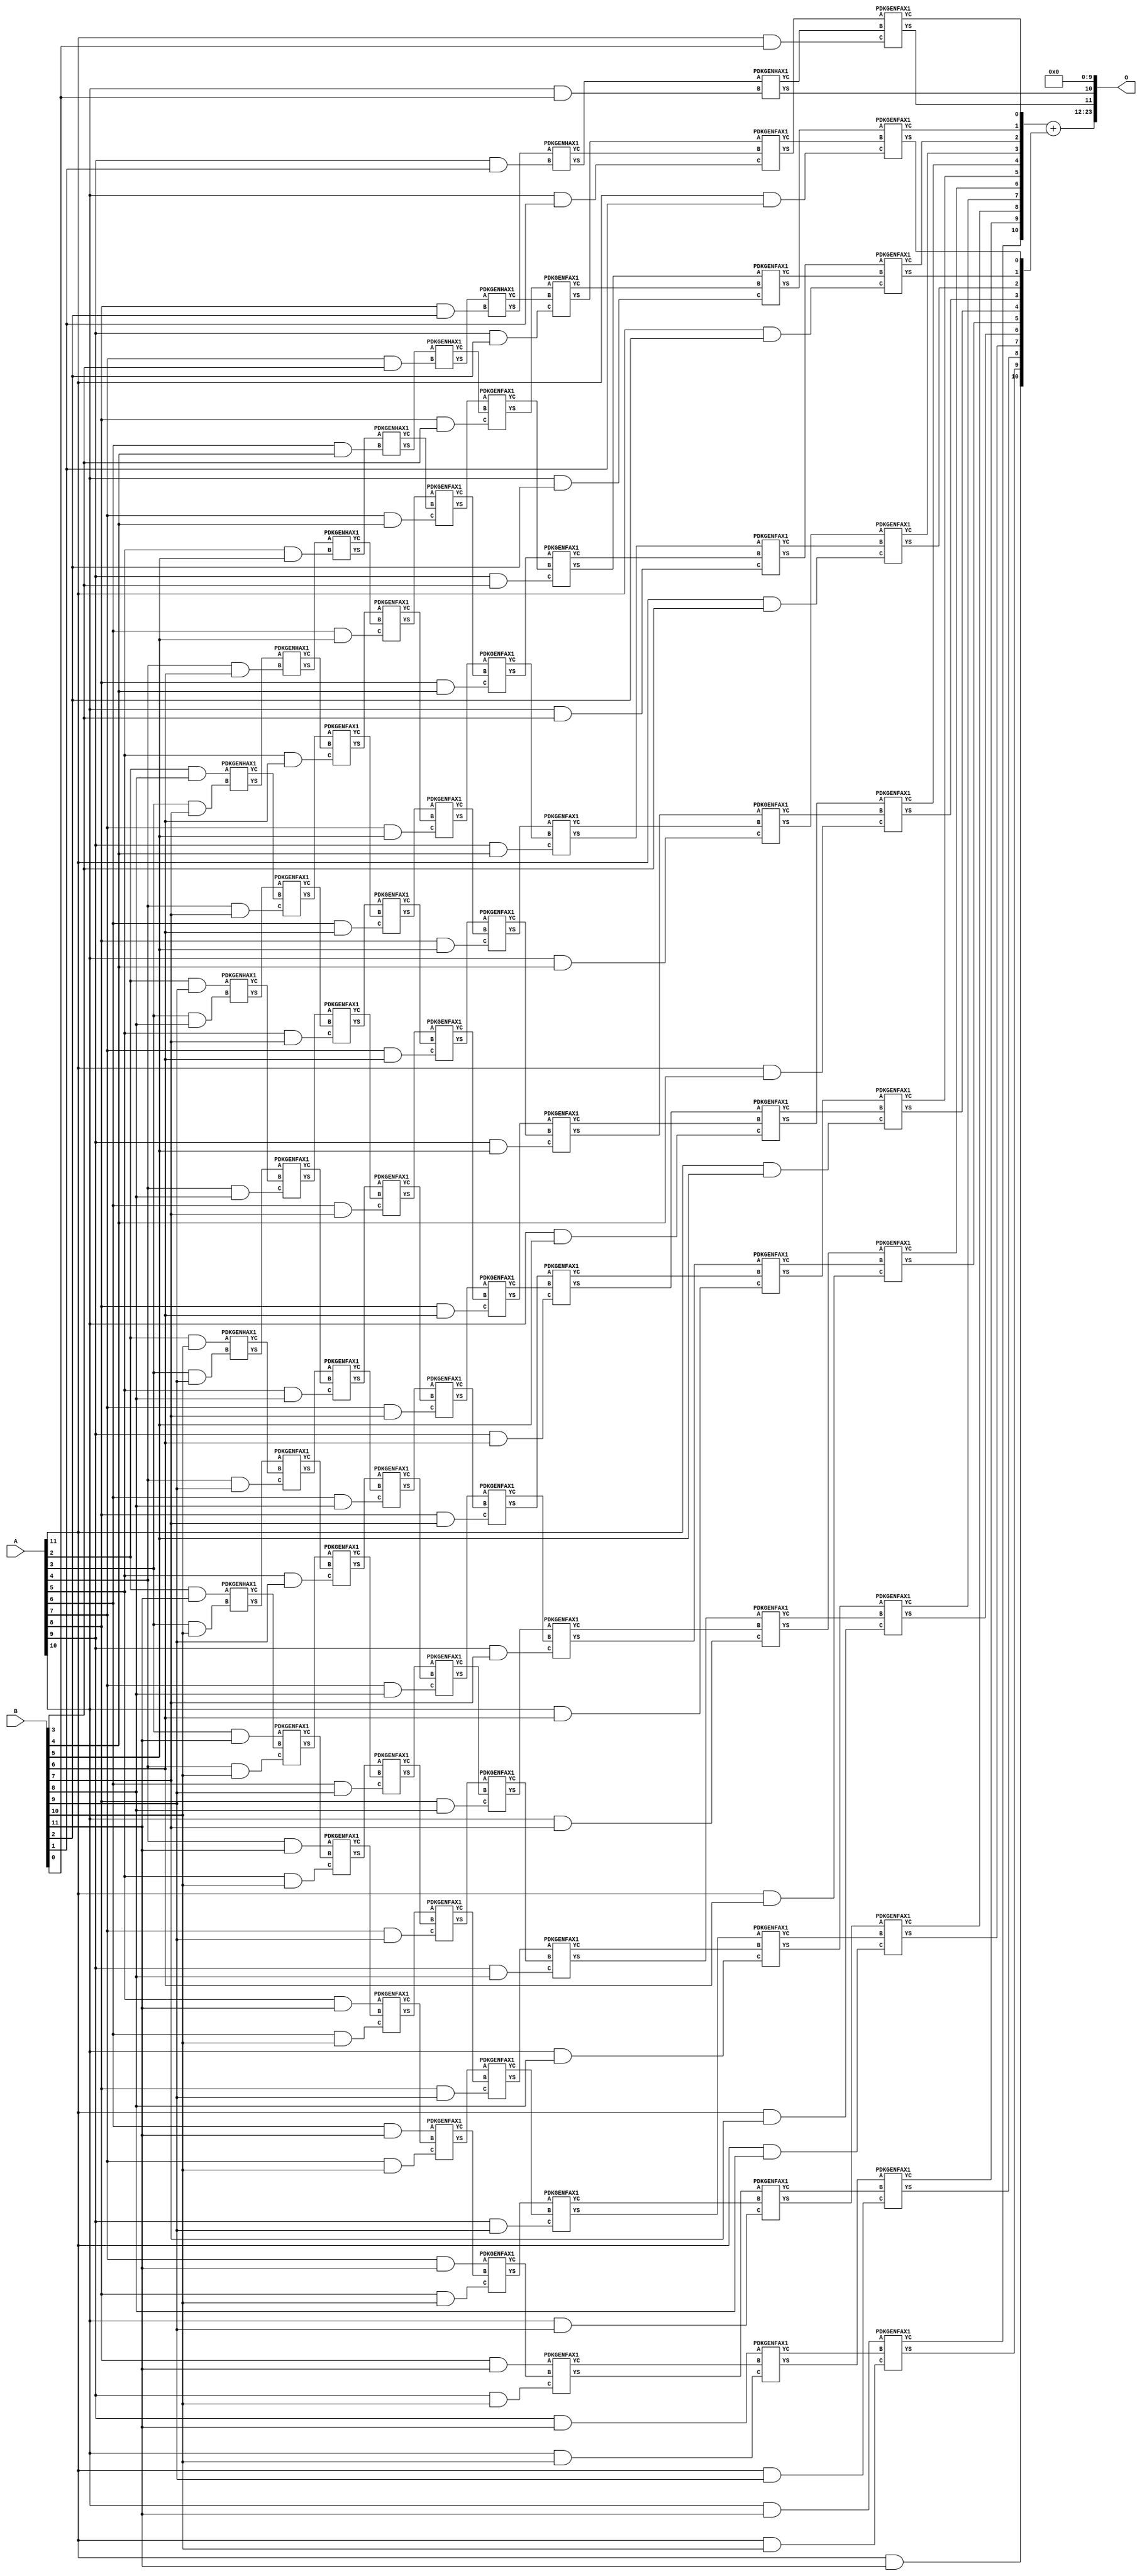
/***
* This code is a part of EvoApproxLib library (ehw.fit.vutbr.cz/approxlib) distributed under The MIT License.
* When used, please cite the following article(s): PRABAKARAN B. S., MRAZEK V., VASICEK Z., SEKANINA L., SHAFIQUE M. ApproxFPGAs: Embracing ASIC-based Approximate Arithmetic Components for FPGA-Based Systems. DAC 2020. 
***/
// MAE% = 0.029 %
// MAE = 4864 
// WCE% = 0.12 %
// WCE = 19457 
// WCRE% = 100.00 %
// EP% = 99.49 %
// MRE% = 0.68 %
// MSE = 34858.382e3 
// FPGA_POWER = 1.8
// FPGA_DELAY = 13
// FPGA_LUT = 110


module mul12u_2U9 ( A, B, O );
  input [11:0] A;
  input [11:0] B;
  output [23:0] O;

  wire C_10_0,C_10_1,C_10_10,C_10_2,C_10_3,C_10_4,C_10_5,C_10_6,C_10_7,C_10_8,C_10_9,C_11_0,C_11_1,C_11_10,C_11_2,C_11_3,C_11_4,C_11_5,C_11_6,C_11_7,C_11_8,C_11_9,C_3_10,C_3_7,C_3_8,C_3_9,C_4_10,C_4_6,C_4_7,C_4_8,C_4_9,C_5_10,C_5_5,C_5_6,C_5_7,C_5_8,C_5_9,C_6_10,C_6_4,C_6_5,C_6_6,C_6_7,C_6_8,C_6_9,C_7_10,C_7_3,C_7_4,C_7_5,C_7_6,C_7_7,C_7_8,C_7_9,C_8_10,C_8_2,C_8_3,C_8_4,C_8_5,C_8_6,C_8_7,C_8_8,C_8_9,C_9_1,C_9_10,C_9_2,C_9_3,C_9_4,C_9_5,C_9_6,C_9_7,C_9_8,C_9_9,S_10_0,S_10_1,S_10_10,S_10_11,S_10_2,S_10_3,S_10_4,S_10_5,S_10_6,S_10_7,S_10_8,S_10_9,S_11_0,S_11_1,S_11_10,S_11_11,S_11_2,S_11_3,S_11_4,S_11_5,S_11_6,S_11_7,S_11_8,S_11_9,S_12_0,S_12_1,S_12_10,S_12_11,S_12_2,S_12_3,S_12_4,S_12_5,S_12_6,S_12_7,S_12_8,S_12_9,S_2_10,S_2_11,S_2_8,S_2_9,S_3_10,S_3_11,S_3_7,S_3_8,S_3_9,S_4_10,S_4_11,S_4_6,S_4_7,S_4_8,S_4_9,S_5_10,S_5_11,S_5_5,S_5_6,S_5_7,S_5_8,S_5_9,S_6_10,S_6_11,S_6_4,S_6_5,S_6_6,S_6_7,S_6_8,S_6_9,S_7_10,S_7_11,S_7_3,S_7_4,S_7_5,S_7_6,S_7_7,S_7_8,S_7_9,S_8_10,S_8_11,S_8_2,S_8_3,S_8_4,S_8_5,S_8_6,S_8_7,S_8_8,S_8_9,S_9_1,S_9_10,S_9_11,S_9_2,S_9_3,S_9_4,S_9_5,S_9_6,S_9_7,S_9_8,S_9_9;

  assign S_2_8 = (A[2] & B[8]);
  assign S_2_9 = (A[2] & B[9]);
  assign S_2_10 = (A[2] & B[10]);
  assign S_2_11 = (A[2] & B[11]);
  PDKGENHAX1 U295616 (.A(S_2_8), .B((A[3] & B[7])), .YS(S_3_7), .YC(C_3_7));
  PDKGENHAX1 U295617 (.A(S_2_9), .B((A[3] & B[8])), .YS(S_3_8), .YC(C_3_8));
  PDKGENHAX1 U295618 (.A(S_2_10), .B((A[3] & B[9])), .YS(S_3_9), .YC(C_3_9));
  PDKGENHAX1 U295619 (.A(S_2_11), .B((A[3] & B[10])), .YS(S_3_10), .YC(C_3_10));
  assign S_3_11 = (A[3] & B[11]);
  PDKGENHAX1 U295627 (.A(S_3_7), .B((A[4] & B[6])), .YS(S_4_6), .YC(C_4_6));
  PDKGENFAX1 U295628 (.A(S_3_8), .B(C_3_7), .C((A[4] & B[7])), .YS(S_4_7), .YC(C_4_7));
  PDKGENFAX1 U295629 (.A(S_3_9), .B(C_3_8), .C((A[4] & B[8])), .YS(S_4_8), .YC(C_4_8));
  PDKGENFAX1 U295630 (.A(S_3_10), .B(C_3_9), .C((A[4] & B[9])), .YS(S_4_9), .YC(C_4_9));
  PDKGENFAX1 U295631 (.A(S_3_11), .B(C_3_10), .C((A[4] & B[10])), .YS(S_4_10), .YC(C_4_10));
  assign S_4_11 = (A[4] & B[11]);
  PDKGENHAX1 U295638 (.A(S_4_6), .B((A[5] & B[5])), .YS(S_5_5), .YC(C_5_5));
  PDKGENFAX1 U295639 (.A(S_4_7), .B(C_4_6), .C((A[5] & B[6])), .YS(S_5_6), .YC(C_5_6));
  PDKGENFAX1 U295640 (.A(S_4_8), .B(C_4_7), .C((A[5] & B[7])), .YS(S_5_7), .YC(C_5_7));
  PDKGENFAX1 U295641 (.A(S_4_9), .B(C_4_8), .C((A[5] & B[8])), .YS(S_5_8), .YC(C_5_8));
  PDKGENFAX1 U295642 (.A(S_4_10), .B(C_4_9), .C((A[5] & B[9])), .YS(S_5_9), .YC(C_5_9));
  PDKGENFAX1 U295643 (.A(S_4_11), .B(C_4_10), .C((A[5] & B[10])), .YS(S_5_10), .YC(C_5_10));
  assign S_5_11 = (A[5] & B[11]);
  PDKGENHAX1 U295649 (.A(S_5_5), .B((A[6] & B[4])), .YS(S_6_4), .YC(C_6_4));
  PDKGENFAX1 U295650 (.A(S_5_6), .B(C_5_5), .C((A[6] & B[5])), .YS(S_6_5), .YC(C_6_5));
  PDKGENFAX1 U295651 (.A(S_5_7), .B(C_5_6), .C((A[6] & B[6])), .YS(S_6_6), .YC(C_6_6));
  PDKGENFAX1 U295652 (.A(S_5_8), .B(C_5_7), .C((A[6] & B[7])), .YS(S_6_7), .YC(C_6_7));
  PDKGENFAX1 U295653 (.A(S_5_9), .B(C_5_8), .C((A[6] & B[8])), .YS(S_6_8), .YC(C_6_8));
  PDKGENFAX1 U295654 (.A(S_5_10), .B(C_5_9), .C((A[6] & B[9])), .YS(S_6_9), .YC(C_6_9));
  PDKGENFAX1 U295655 (.A(S_5_11), .B(C_5_10), .C((A[6] & B[10])), .YS(S_6_10), .YC(C_6_10));
  assign S_6_11 = (A[6] & B[11]);
  PDKGENHAX1 U295660 (.A(S_6_4), .B((A[7] & B[3])), .YS(S_7_3), .YC(C_7_3));
  PDKGENFAX1 U295661 (.A(S_6_5), .B(C_6_4), .C((A[7] & B[4])), .YS(S_7_4), .YC(C_7_4));
  PDKGENFAX1 U295662 (.A(S_6_6), .B(C_6_5), .C((A[7] & B[5])), .YS(S_7_5), .YC(C_7_5));
  PDKGENFAX1 U295663 (.A(S_6_7), .B(C_6_6), .C((A[7] & B[6])), .YS(S_7_6), .YC(C_7_6));
  PDKGENFAX1 U295664 (.A(S_6_8), .B(C_6_7), .C((A[7] & B[7])), .YS(S_7_7), .YC(C_7_7));
  PDKGENFAX1 U295665 (.A(S_6_9), .B(C_6_8), .C((A[7] & B[8])), .YS(S_7_8), .YC(C_7_8));
  PDKGENFAX1 U295666 (.A(S_6_10), .B(C_6_9), .C((A[7] & B[9])), .YS(S_7_9), .YC(C_7_9));
  PDKGENFAX1 U295667 (.A(S_6_11), .B(C_6_10), .C((A[7] & B[10])), .YS(S_7_10), .YC(C_7_10));
  assign S_7_11 = (A[7] & B[11]);
  PDKGENHAX1 U295671 (.A(S_7_3), .B((A[8] & B[2])), .YS(S_8_2), .YC(C_8_2));
  PDKGENFAX1 U295672 (.A(S_7_4), .B(C_7_3), .C((A[8] & B[3])), .YS(S_8_3), .YC(C_8_3));
  PDKGENFAX1 U295673 (.A(S_7_5), .B(C_7_4), .C((A[8] & B[4])), .YS(S_8_4), .YC(C_8_4));
  PDKGENFAX1 U295674 (.A(S_7_6), .B(C_7_5), .C((A[8] & B[5])), .YS(S_8_5), .YC(C_8_5));
  PDKGENFAX1 U295675 (.A(S_7_7), .B(C_7_6), .C((A[8] & B[6])), .YS(S_8_6), .YC(C_8_6));
  PDKGENFAX1 U295676 (.A(S_7_8), .B(C_7_7), .C((A[8] & B[7])), .YS(S_8_7), .YC(C_8_7));
  PDKGENFAX1 U295677 (.A(S_7_9), .B(C_7_8), .C((A[8] & B[8])), .YS(S_8_8), .YC(C_8_8));
  PDKGENFAX1 U295678 (.A(S_7_10), .B(C_7_9), .C((A[8] & B[9])), .YS(S_8_9), .YC(C_8_9));
  PDKGENFAX1 U295679 (.A(S_7_11), .B(C_7_10), .C((A[8] & B[10])), .YS(S_8_10), .YC(C_8_10));
  assign S_8_11 = (A[8] & B[11]);
  PDKGENHAX1 U295682 (.A(S_8_2), .B((A[9] & B[1])), .YS(S_9_1), .YC(C_9_1));
  PDKGENFAX1 U295683 (.A(S_8_3), .B(C_8_2), .C((A[9] & B[2])), .YS(S_9_2), .YC(C_9_2));
  PDKGENFAX1 U295684 (.A(S_8_4), .B(C_8_3), .C((A[9] & B[3])), .YS(S_9_3), .YC(C_9_3));
  PDKGENFAX1 U295685 (.A(S_8_5), .B(C_8_4), .C((A[9] & B[4])), .YS(S_9_4), .YC(C_9_4));
  PDKGENFAX1 U295686 (.A(S_8_6), .B(C_8_5), .C((A[9] & B[5])), .YS(S_9_5), .YC(C_9_5));
  PDKGENFAX1 U295687 (.A(S_8_7), .B(C_8_6), .C((A[9] & B[6])), .YS(S_9_6), .YC(C_9_6));
  PDKGENFAX1 U295688 (.A(S_8_8), .B(C_8_7), .C((A[9] & B[7])), .YS(S_9_7), .YC(C_9_7));
  PDKGENFAX1 U295689 (.A(S_8_9), .B(C_8_8), .C((A[9] & B[8])), .YS(S_9_8), .YC(C_9_8));
  PDKGENFAX1 U295690 (.A(S_8_10), .B(C_8_9), .C((A[9] & B[9])), .YS(S_9_9), .YC(C_9_9));
  PDKGENFAX1 U295691 (.A(S_8_11), .B(C_8_10), .C((A[9] & B[10])), .YS(S_9_10), .YC(C_9_10));
  assign S_9_11 = (A[9] & B[11]);
  PDKGENHAX1 U295693 (.A(S_9_1), .B((A[10] & B[0])), .YS(S_10_0), .YC(C_10_0));
  PDKGENFAX1 U295694 (.A(S_9_2), .B(C_9_1), .C((A[10] & B[1])), .YS(S_10_1), .YC(C_10_1));
  PDKGENFAX1 U295695 (.A(S_9_3), .B(C_9_2), .C((A[10] & B[2])), .YS(S_10_2), .YC(C_10_2));
  PDKGENFAX1 U295696 (.A(S_9_4), .B(C_9_3), .C((A[10] & B[3])), .YS(S_10_3), .YC(C_10_3));
  PDKGENFAX1 U295697 (.A(S_9_5), .B(C_9_4), .C((A[10] & B[4])), .YS(S_10_4), .YC(C_10_4));
  PDKGENFAX1 U295698 (.A(S_9_6), .B(C_9_5), .C((A[10] & B[5])), .YS(S_10_5), .YC(C_10_5));
  PDKGENFAX1 U295699 (.A(S_9_7), .B(C_9_6), .C((A[10] & B[6])), .YS(S_10_6), .YC(C_10_6));
  PDKGENFAX1 U295700 (.A(S_9_8), .B(C_9_7), .C((A[10] & B[7])), .YS(S_10_7), .YC(C_10_7));
  PDKGENFAX1 U295701 (.A(S_9_9), .B(C_9_8), .C((A[10] & B[8])), .YS(S_10_8), .YC(C_10_8));
  PDKGENFAX1 U295702 (.A(S_9_10), .B(C_9_9), .C((A[10] & B[9])), .YS(S_10_9), .YC(C_10_9));
  PDKGENFAX1 U295703 (.A(S_9_11), .B(C_9_10), .C((A[10] & B[10])), .YS(S_10_10), .YC(C_10_10));
  assign S_10_11 = (A[10] & B[11]);
  PDKGENFAX1 U295705 (.A(S_10_1), .B(C_10_0), .C((A[11] & B[0])), .YS(S_11_0), .YC(C_11_0));
  PDKGENFAX1 U295706 (.A(S_10_2), .B(C_10_1), .C((A[11] & B[1])), .YS(S_11_1), .YC(C_11_1));
  PDKGENFAX1 U295707 (.A(S_10_3), .B(C_10_2), .C((A[11] & B[2])), .YS(S_11_2), .YC(C_11_2));
  PDKGENFAX1 U295708 (.A(S_10_4), .B(C_10_3), .C((A[11] & B[3])), .YS(S_11_3), .YC(C_11_3));
  PDKGENFAX1 U295709 (.A(S_10_5), .B(C_10_4), .C((A[11] & B[4])), .YS(S_11_4), .YC(C_11_4));
  PDKGENFAX1 U295710 (.A(S_10_6), .B(C_10_5), .C((A[11] & B[5])), .YS(S_11_5), .YC(C_11_5));
  PDKGENFAX1 U295711 (.A(S_10_7), .B(C_10_6), .C((A[11] & B[6])), .YS(S_11_6), .YC(C_11_6));
  PDKGENFAX1 U295712 (.A(S_10_8), .B(C_10_7), .C((A[11] & B[7])), .YS(S_11_7), .YC(C_11_7));
  PDKGENFAX1 U295713 (.A(S_10_9), .B(C_10_8), .C((A[11] & B[8])), .YS(S_11_8), .YC(C_11_8));
  PDKGENFAX1 U295714 (.A(S_10_10), .B(C_10_9), .C((A[11] & B[9])), .YS(S_11_9), .YC(C_11_9));
  PDKGENFAX1 U295715 (.A(S_10_11), .B(C_10_10), .C((A[11] & B[10])), .YS(S_11_10), .YC(C_11_10));
  assign S_11_11 = (A[11] & B[11]);
  assign {S_12_11, S_12_10, S_12_9, S_12_8, S_12_7, S_12_6, S_12_5, S_12_4, S_12_3, S_12_2, S_12_1, S_12_0} = {C_11_10, C_11_9, C_11_8, C_11_7, C_11_6, C_11_5, C_11_4, C_11_3, C_11_2, C_11_1, C_11_0} + {S_11_11, S_11_10, S_11_9, S_11_8, S_11_7, S_11_6, S_11_5, S_11_4, S_11_3, S_11_2, S_11_1};
  assign O = {S_12_11,S_12_10,S_12_9,S_12_8,S_12_7,S_12_6,S_12_5,S_12_4,S_12_3,S_12_2,S_12_1,S_12_0,S_11_0,S_10_0,1'b0,1'b0,1'b0,1'b0,1'b0,1'b0,1'b0,1'b0,1'b0,1'b0};

endmodule

/* mod */
module PDKGENHAX1( input A, input B, output YS, output YC );
    assign YS = A ^ B;
    assign YC = A & B;
endmodule
/* mod */
module PDKGENFAX1( input A, input B, input C, output YS, output YC );
    assign YS = (A ^ B) ^ C;
    assign YC = (A & B) | (B & C) | (A & C);
endmodule